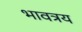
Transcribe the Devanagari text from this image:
भावत्रय